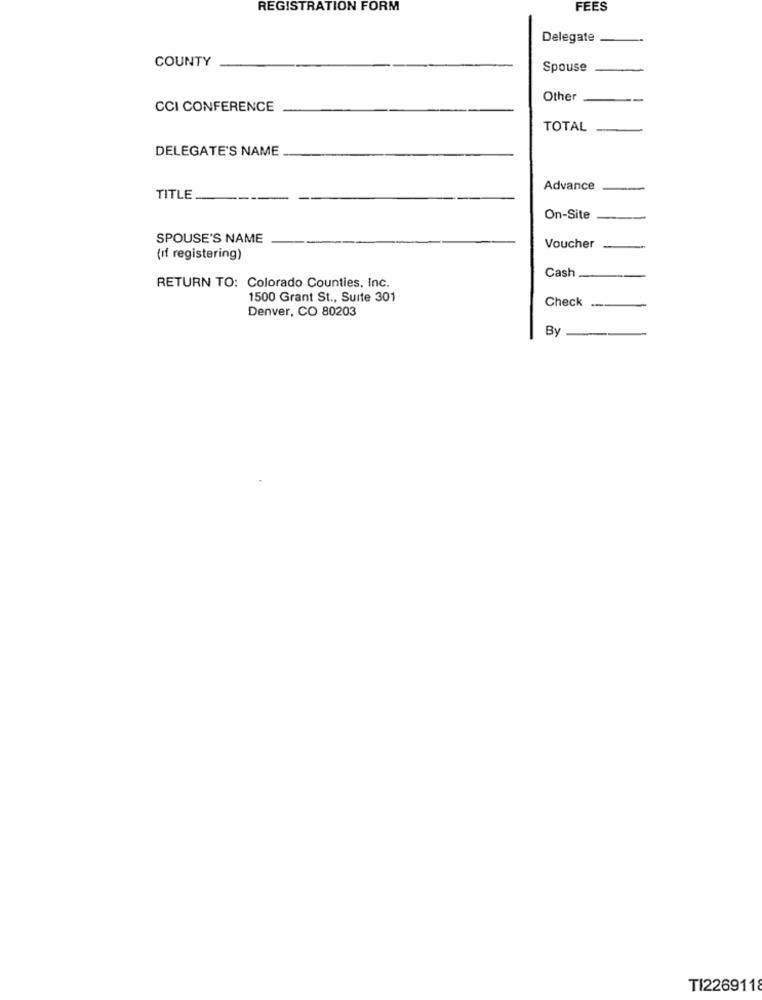
REGISTRATION FORM
FEES
Delegate
COUNTY
Spouse
Other
--
CCI CONFERENCE
TOTAL
DELEGATE'S NAME
Advance
TITLE
On-Site
--
SPOUSE'S NAME
Voucher
(if registering)
Cash
RETURN TO: Colorado Counties, Inc.
1500 Grant St ., Suite 301
Check
Denver, CO 80203
By
TI2269118